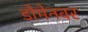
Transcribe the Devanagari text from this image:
डोमेनवर